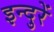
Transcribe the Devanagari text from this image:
इन्दुरें